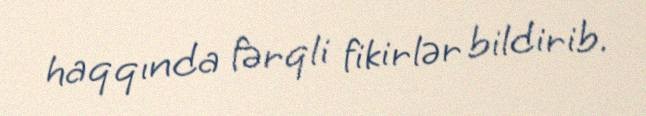
haqqında fərqli fikirlər bildirib.